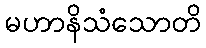
မဟာနိသံသောတိ